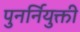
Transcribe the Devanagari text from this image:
पुनर्नियुक्ती